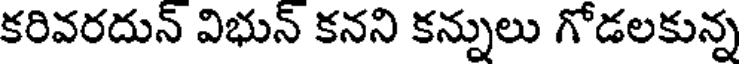
కరివరదున్ విభున్ కనని కన్నులు గోడలకున్న